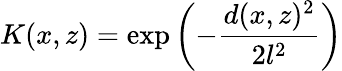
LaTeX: K(x,z)=\exp\left(-\frac{d(x,z)^{2}}{2l^{2}}\right)